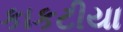
કાકટીયા